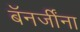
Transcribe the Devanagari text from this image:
बॅनर्जींना